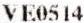
VE0514